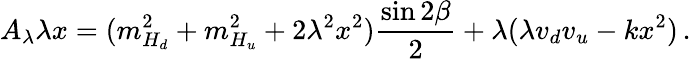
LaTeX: A_{\lambda}\lambda x=(m_{H_{d}}^{2}+m_{H_{u}}^{2}+2\lambda^{2}x^{2})\frac{\sin 2\beta}{2}+\lambda(\lambda v_{d}v_{u}-kx^{2})\, .